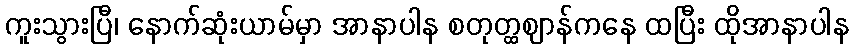
ကူးသွားပြီ၊ နောက်ဆုံးယာမ်မှာ အာနာပါန စတုတ္ထဈာန်ကနေ ထပြီး ထိုအာနာပါန